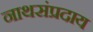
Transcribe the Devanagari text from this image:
नाथसंप्रदाय